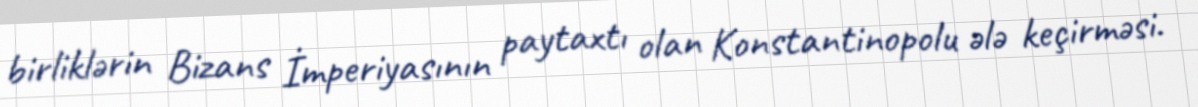
birliklərin Bizans İmperiyasının paytaxtı olan Konstantinopolu ələ keçirməsi.